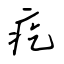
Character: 疙